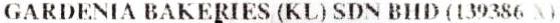
GARDENIA BAKERIES (KL) SDN BHD (139386 X)